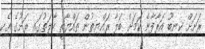
ރަށަށް ކިނބޫ އަރާފާނެ ކަމަށް ބަލާ ރައްޔިތުން ތައްޔާރީ ހާލަތުގައި ރަށުގެ އެކި